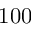
1 0 0